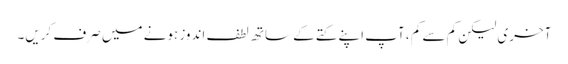
آخری لیکن کم سے کم ، آپ اپنے کتے کے ساتھ لطف اندوز ہونے میں صرف کریں۔